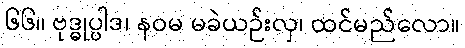
၆၆။ ဗုဒ္ဓုပ္ပါဒ၊ နဝမ မခဲယဉ်းလှ၊ ထင်မည်လော။